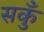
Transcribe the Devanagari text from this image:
सकुँ